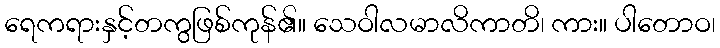
ရေကရားနှင့်တကွဖြစ်ကုန်၏။ သေဝါလမာလိကာတိ၊ ကား။ ပါတောဝ၊